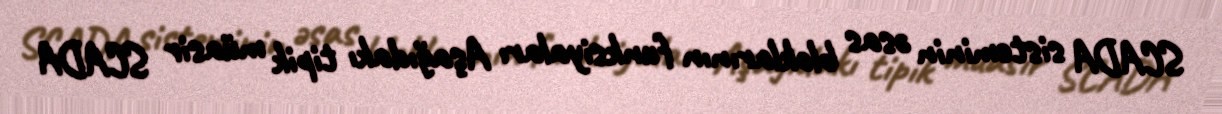
SCADA sisteminin əsas bloklarının funksiyaları Aşağıdakı tipik müasir SCADA